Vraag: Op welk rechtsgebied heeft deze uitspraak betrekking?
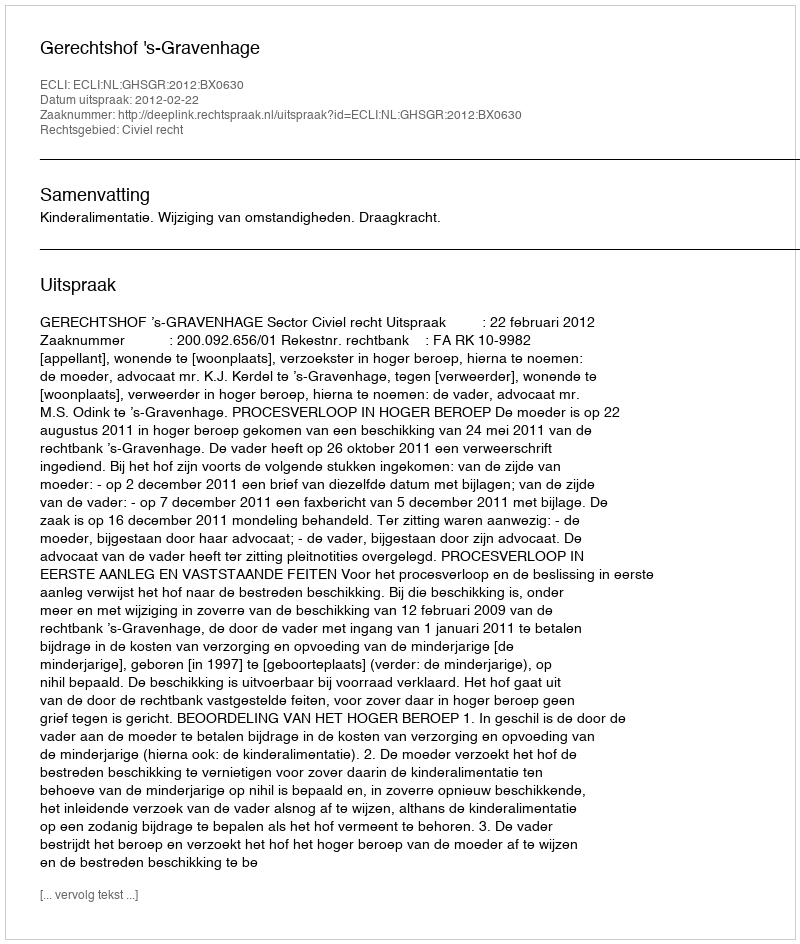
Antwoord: Civiel recht